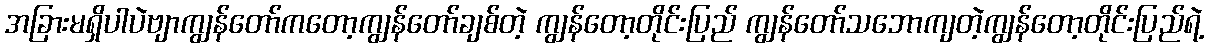
အခြားမရှိပါပဲဗျာကျွန်တော်ကတော့ကျွန်တော်ချစ်တဲ့ ကျွန်တော့တိုင်းပြည် ကျွန်တော်သဘောကျတဲ့ကျွန်တော့တိုင်းပြည်ရဲ့